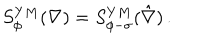
S _ { \phi } ^ { Y M } ( \nabla ) = S _ { \phi - \sigma } ^ { Y M } ( \hat { \nabla } ) \, .